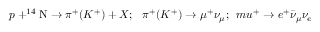
p + ^ { 1 4 } \mathrm { N } \rightarrow \pi ^ { + } ( K ^ { + } ) + X ; \ \ \pi ^ { + } ( K ^ { + } ) \rightarrow \mu ^ { + } \nu _ { \mu } ; \ \, m u ^ { + } \rightarrow e ^ { + } \bar { \nu } _ { \mu } \nu _ { e }